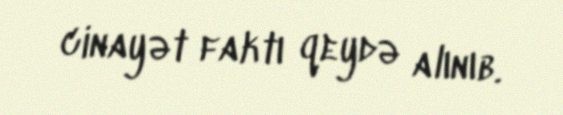
cinayət faktı qeydə alınıb.